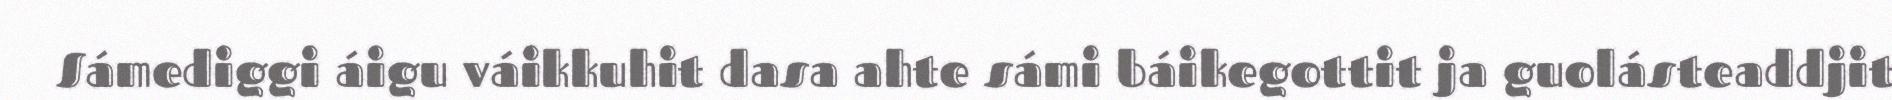
Sámediggi áigu váikkuhit dasa ahte sámi báikegottit ja guolásteaddjit